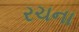
રચના